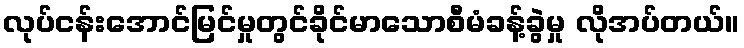
လုပ်ငန်းအောင်မြင်မှုတွင်ခိုင်မာသောစီမံခန့်ခွဲမှု လိုအပ်တယ်။